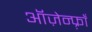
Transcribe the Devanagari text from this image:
ऑज़ेन्फ़्राँ